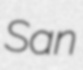
San